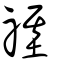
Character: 禥